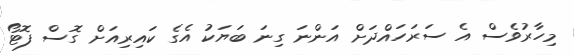
މިހާރުވެސް އެ ސަރަހައްދަށް އަންނަ ގިނަ ބަޔަކު އެގެ ކައިރިއަށް ގޮސް ފޮޓޯ